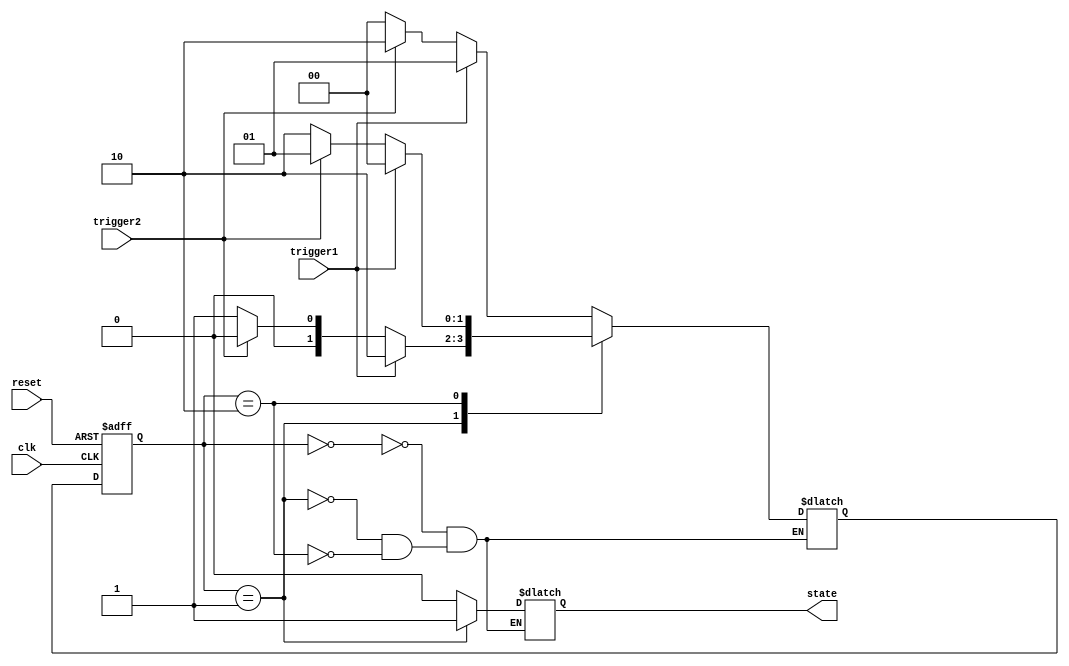
module StateMachine (
    input clk,              // Clock input
    input reset,            // Reset input
    input trigger1,         // Input signal 1
    input trigger2,         // Input signal 2
    output reg state        // Output representing current state
);

// State encoding
parameter S0 = 2'b00;      // State 0
parameter S1 = 2'b01;      // State 1
parameter S2 = 2'b10;      // State 2

// State memory
reg [1:0] current_state, next_state;

// State machine logic
always @(posedge clk or posedge reset) begin
    if (reset) begin
        current_state <= S0;
    end else begin
        current_state <= next_state;
    end
end

// State transitions
always @* begin
    case (current_state)
        S0: begin
            if (trigger1) next_state = S1;
            else if (trigger2) next_state = S2;
            else next_state = S0;
        end
        S1: begin
            if (trigger1) next_state = S2;
            else if (trigger2) next_state = S0;
            else next_state = S1;
        end
        S2: begin
            if (trigger1) next_state = S0;
            else if (trigger2) next_state = S1;
            else next_state = S2;
        end
    endcase
end

// Output assignment
always @* begin
    case (current_state)
        S0: state = 2'b00;
        S1: state = 2'b01;
        S2: state = 2'b10;
    endcase
end

endmodule